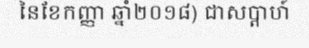
នៃខែកញ្ញា ឆ្នាំ២០១៨) ជាសប្តាហ៍